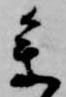
参